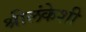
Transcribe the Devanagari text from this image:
श्रीलंकेशी